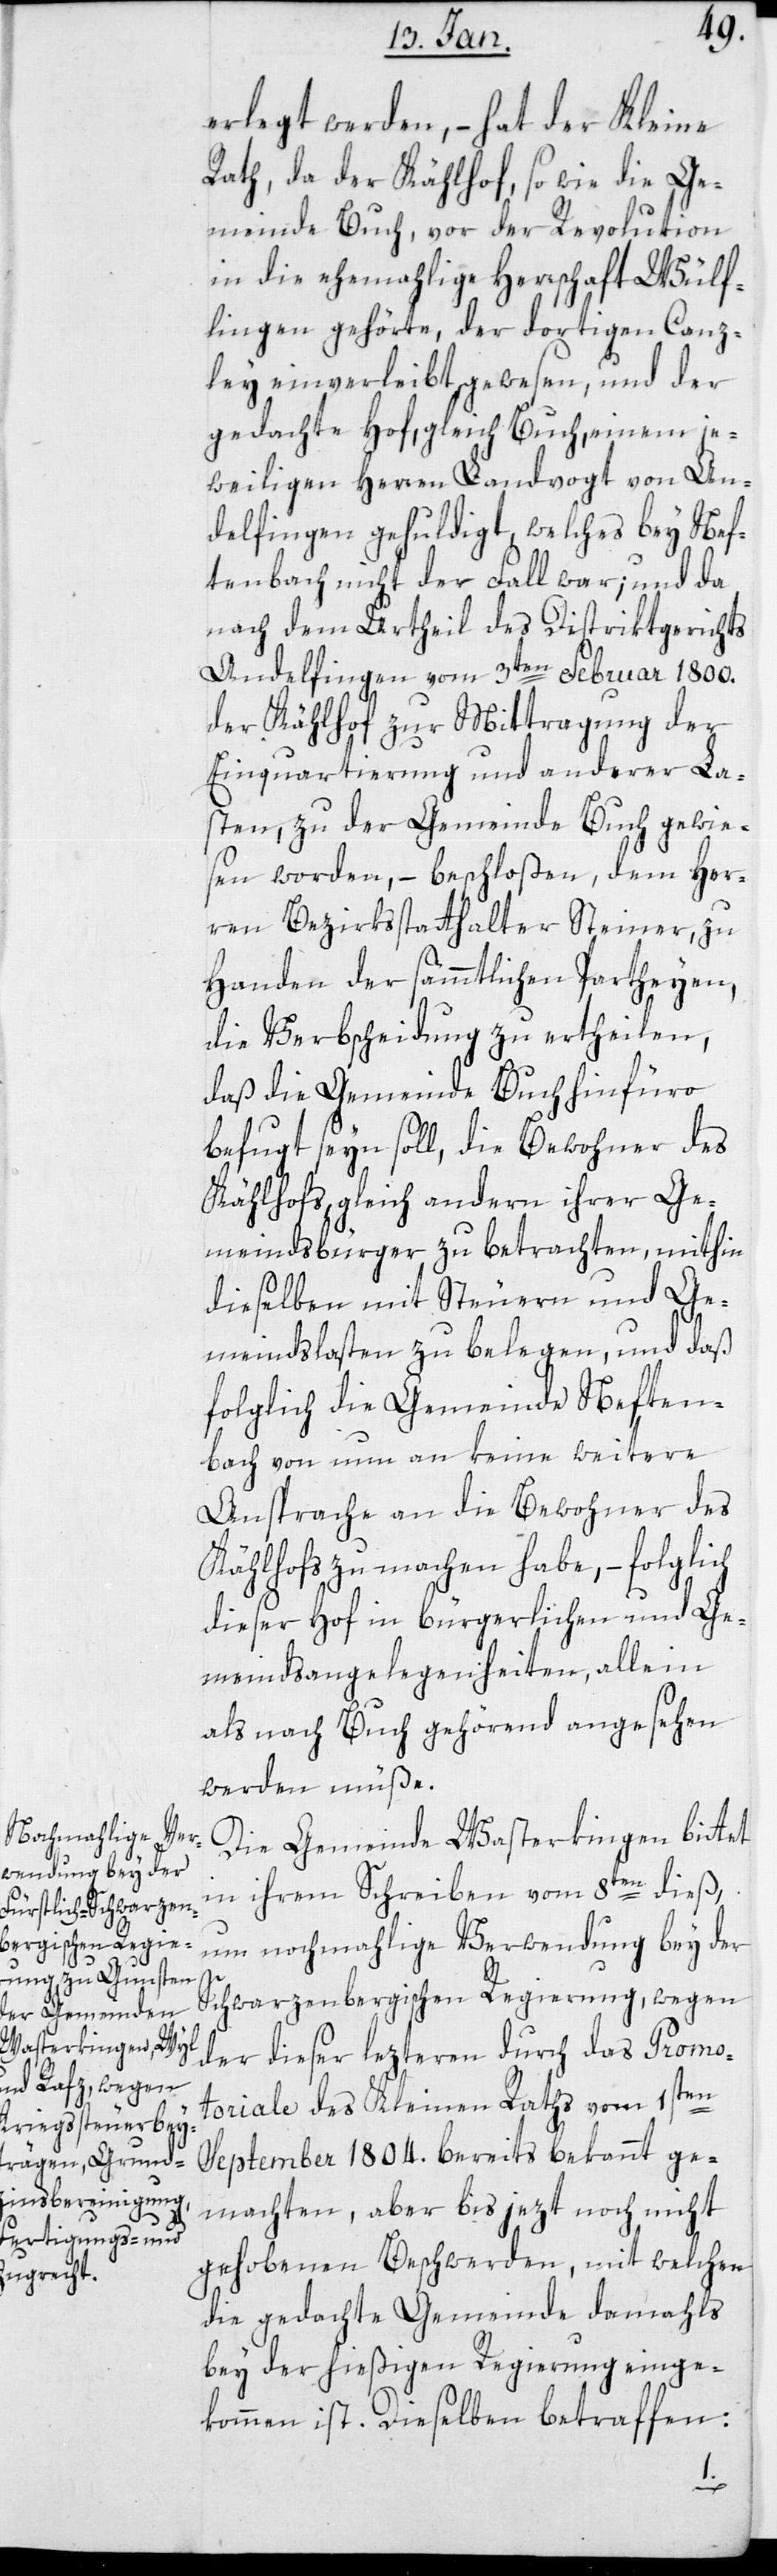
erlegt werden, – hat der Kleine
Rath, da der Kählhof sowie die Ge¬
meinde Buch, vor der Revolution
in die ehemalige Herrschaft Wülf¬
lingen gehörte, der dortigen Canz¬
ley einverleibt gewesen, und der
gedachte Hof, gleich Buch, einem je¬
weiligen Herren Landvogt von An¬
delfingen gehuldigt, welches bey Nef¬
tenbach nicht der Fall war; und da
nach dem Urtheil des Distriktgerichts
Andelfingen vom 3ten Februar 1800.
der Kählhof zur Mittragung der
Einquartierung und anderer La¬
sten, zu der Gemeinde Buch gewie¬
sen worden, – beschloßen, dem Her¬
ren Bezirksstatthalter Steiner, zu
Handen der sämmtlichen Parteyen,
die Verbscheidung zu ertheilen,
daß die Gemeinde Buch hinfüro
befugt seyn soll, die Bewohner des
Kählhofs, gleich andern ihrer Ge¬
meindsbürger zu betrachten, mithin
dieselben mit Steuern und Ge¬
meindslasten zu belegen, und daß
folglich die Gemeinde Neften¬
bach von nun an keine weitere
Ansprache an die Bewohner des
Kählhofs zu machen habe, – folglich
dieser Hof in bürgerlichen und Ge¬
meinds-Angelegenheiten, alle in
als nach Buch gehörend angesehen
werden müsse.
Die Gemeinde Wasterkingen bittet
in ihrem Schreiben vom 8ten dieß,
um nochmalige Verwendung bey der
Schwarzenbergischen Regierung, wegen
der dieser letzteren durch das Promo¬
toriale des Kleinen Raths vom 1sten
September 1804. bereits bekannt ge¬
machten, aber bis jetzt noch nicht
gehobenen Beschwerden, mit welchen
die gedachte Gemeinde damahls
bey der hießigen Regierung einge¬
kommen ist. Dieselben betraffen: